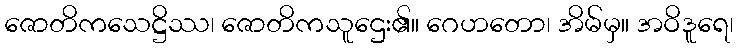
ဇောတိကသေဋ္ဌိဿ၊ ဇောတိကသူဌေး၏။ ဂေဟတော၊ အိမ်မှ။ အဝိဒူရေ၊